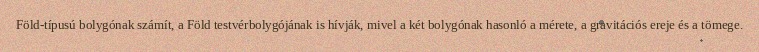
Föld-típusú bolygónak számít, a Föld testvérbolygójának is hívják, mivel a két bolygónak hasonló a mérete, a gravitációs ereje és a tömege.